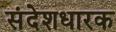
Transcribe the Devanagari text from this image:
संदेशधारक